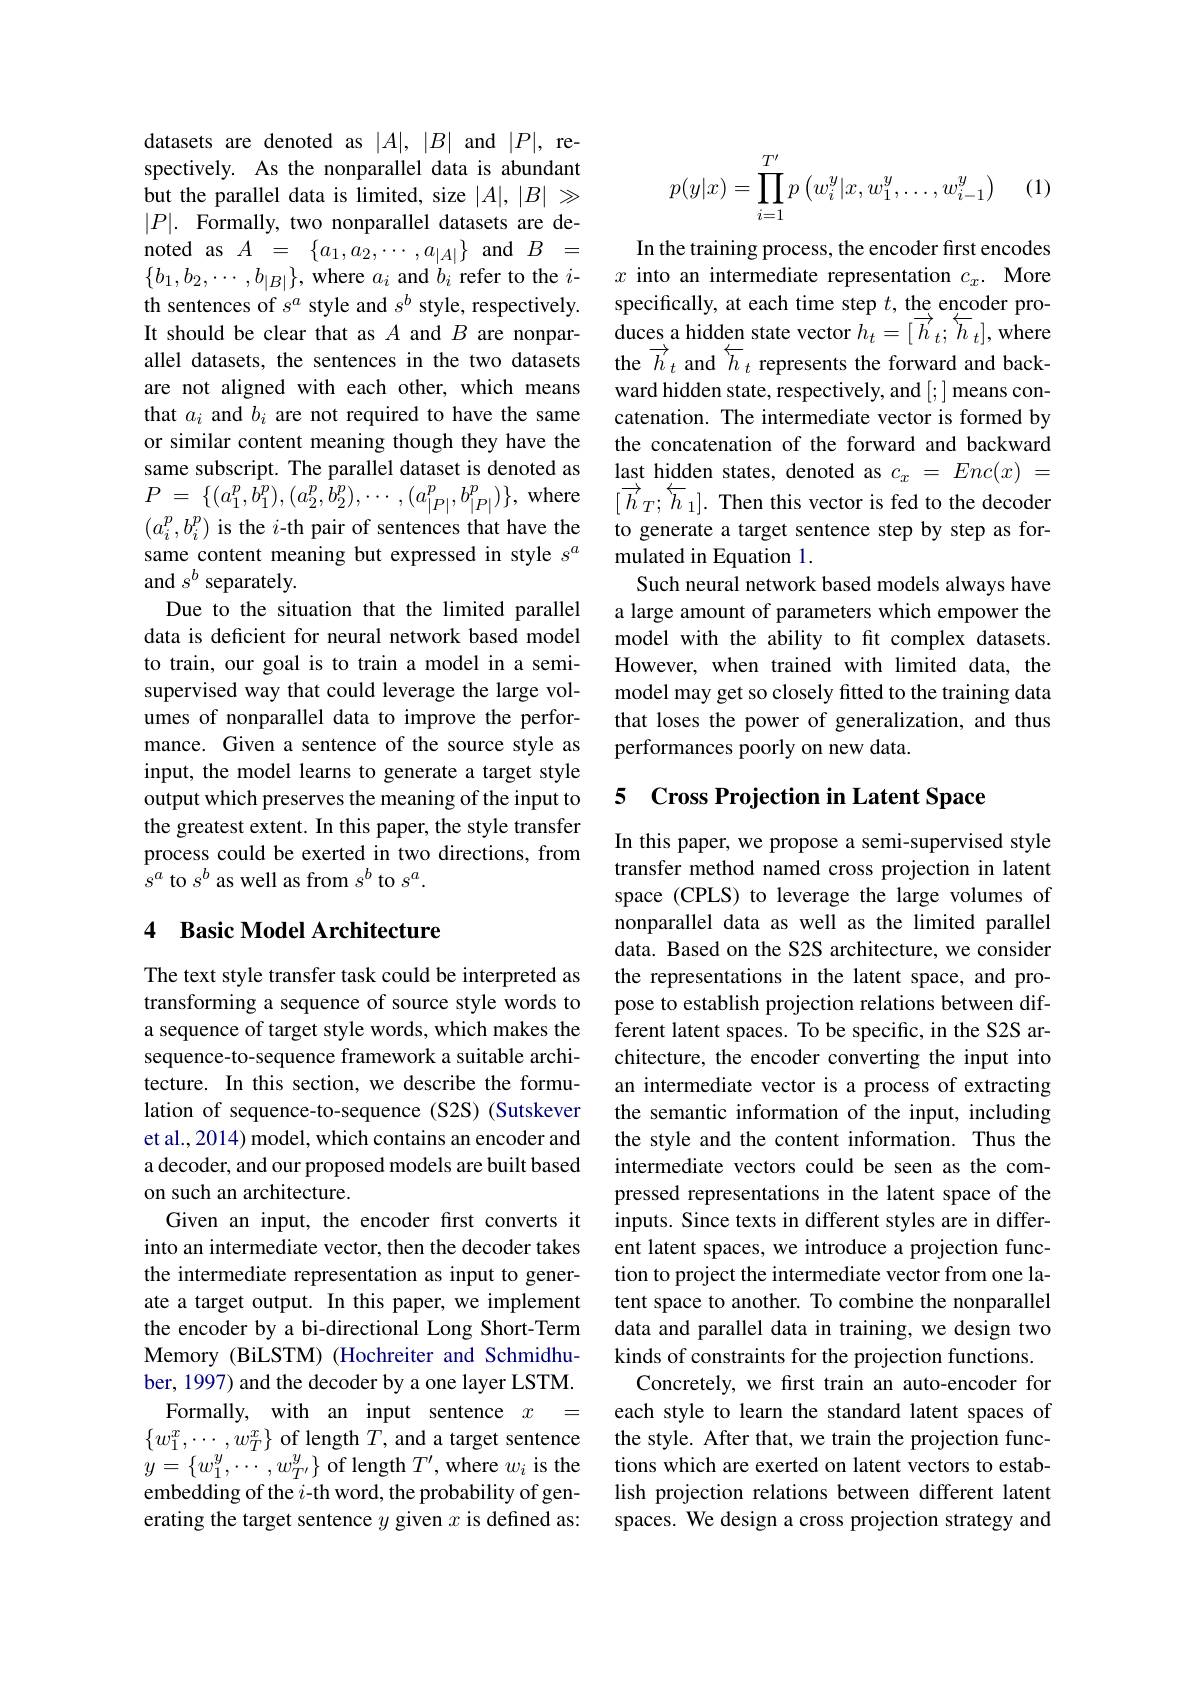
datasets are denoted as $|A|,|B|$ and $|P|$, respectively. As the nonparallel data is abundant but the parallel data is limited, size $|A|,|B|\gg$ $|P|.$ Formally, two nonparallel datasets are de- $\begin{array}{rcl}{\mathrm{noted~as~}A}&{=}&{\{a_{1},a_{2},\cdots,a_{|A|}\}}&{\mathrm{and~}B}&{=}\\\end{array}$ $\{b_1,b_2,\cdots,b_{|B|}\}$, where $a_i$ and $b_i$ refer to the $i$- th sentences of $s^a$ style and $s^b$ style, respectively. It should be clear that as $A$ and $B$ are nonparallel datasets, the sentences in the two datasets are not aligned with each other, which means that $a_i$ and $b_i$ are not required to have the same or similar content meaning though they have the same subscript. The parallel dataset is denoted as $P$ = $\{ ( a_{1}^{p}, \dot{b_{1}^{p}} ) , ( a_{2}^{p}, \dot{b_{2}^{p}} ) , \cdots$ $, ( a_{| P| }^{p}, b_{| P| }^{p}) \} $,where $(a_i^p,b_i^p)$ is the $i$-th pair of sentences that have the same content meaning but expressed in style $s^a$ and $s^b$ separately.
Due to the situation that the limited parallel data is deficient for neural network based model to train, our goal is to train a model in a semisupervised way that could leverage the large volumes of nonparallel data to improve the performance. Given a sentence of the source style as input, the model learns to generate a target style output which preserves the meaning of the input to the greatest extent. In this paper, the style transfer process could be exerted in two directions, from $s^{a}$ to $s^b$ as well as from $s^b$ to $s^a.$

## 4 Basic Model Architecture

The text style transfer task could be interpreted as transforming a sequence of source style words to a sequence of target style words, which makes the sequence-to-sequence framework a suitable architecture. In this section, we describe the formulation of sequence-to-sequence (S2S) (Sutskever et al., 2014) model, which contains an encoder and a decoder, and our proposed models are built based on such an architecture.
Given an input, the encoder first converts it into an intermediate vector, then the decoder takes the intermediate representation as input to generate a target output. In this paper, we implement the encoder by a bi-directional Long Short-Term Memory (BiLSTM) (Hochreiter and Schmidhuber, 1997) and the decoder by a one layer LSTM. Formally, with an input sentence $x=$ $\{w_{1}^{x},\cdots,w_{T}^{x}\}$ of length $T$, and a target sentence $y=\{w_{1}^{y},\cdots,w_{T^{\prime}}^{y}\}$ of length $T^\prime$, where $w_i$ is the embedding of the $i$-th word, the probability of generating the target sentence $y$ given $x$ is defined as:

(1)
$$p(y|x)=\prod\limits_{i=1}^{T'}p\left(w_i^y|x,w_1^y,\dots,w_{i-1}^y\right)$$
In the training process, the encoder first encodes $x$ into an intermediate representation $c_x.$ More specifically, at each time step $t$, the encoder pro- $\operatorname*{duces}_{\rightarrow}$a hidden state vector $h_t=[\overrightarrow{h}_t;\overleftarrow{h}_t]$,where the $\overrightarrow{h}_t$ and $\overleftarrow{h}_t$ represents the forward and backward hidden state, respectively, and [;] means concatenation. The intermediate vector is formed by the concatenation of the forward and backward last hidden states, denoted as $c_x=Enc(x)=$ $[\overrightarrow{h}_{T};\overleftarrow{h}_{1}].$ Then this vector is fed to the decoder to generate a target sentence step by step as formulated in Equation 1.
Such neural network based models always have a large amount of parameters which empower the model with the ability to ft complex datasets. However, when trained with limited data, the model may get so closely fitted to the training data that loses the power of generalization, and thus performances poorly on new data.

## 5 Cross Projection in Latent Space

In this paper, we propose a semi-supervised style transfer method named cross projection in latent space (CPLS) to leverage the large volumes of nonparallel data as well as the limited parallel data. Based on the S2S architecture, we consider the representations in the latent space, and propose to establish projection relations between different latent spaces. To be specific, in the S2S architecture, the encoder converting the input into an intermediate vector is a process of extracting the semantic information of the input, including the style and the content information. Thus the intermediate vectors could be seen as the compressed representations in the latent space of the inputs. Since texts in different styles are in different latent spaces, we introduce a projection function to project the intermediate vector from one latent space to another. To combine the nonparallel data and parallel data in training, we design two kinds of constraints for the projection functions.
Concretely, we frst train an auto-encoder for each style to learn the standard latent spaces of the style. After that, we train the projection functions which are exerted on latent vectors to establish projection relations between different latent spaces. We design a cross projection strategy and